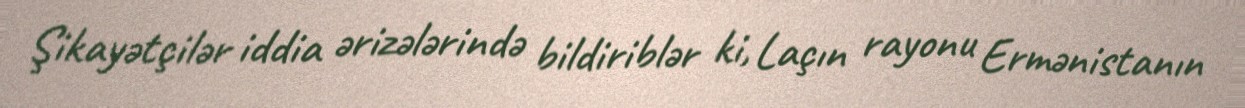
Şikayətçilər iddia ərizələrində bildiriblər ki, Laçın rayonu Ermənistanın